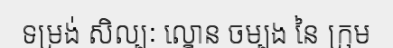
ទម្រង់ សិល្បៈ ល្ខោន ចម្បង នៃ ក្រុម